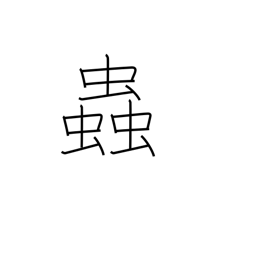
Meaning: temper